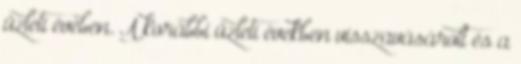
üzleti évében. A korábbi üzleti években visszavásárolt és a